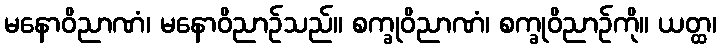
မနောဝိညာဏံ၊ မနောဝိညာဉ်သည်။ စက္ခုဝိညာဏံ၊ စက္ခုဝိညာဉ်ကို။ ယတ္ထ၊